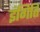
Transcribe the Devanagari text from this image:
इंगिति